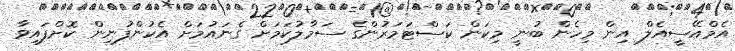
އެމްއޭސީއެލް އިން މިހެން ބުނީ މިކަން ކަސްޓަމަރުންގެ ސަމާލުކަމަށް ގެނައުމަށް އެކުންފުނިން ކޮށްފައިވާ